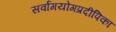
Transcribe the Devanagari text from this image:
सर्वांगयोगप्रदीपिका